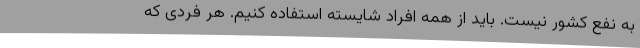
به نفع کشور نیست. باید از همه افراد شایسته استفاده کنیم. هر فردی که